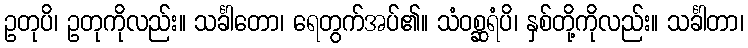
ဥတုပိ၊ ဥတုကိုလည်း။ သင်္ခါတော၊ ရေတွက်အပ်၏။ သံဝစ္ဆရံပိ၊ နှစ်တို့ကိုလည်း။ သင်္ခါတာ၊